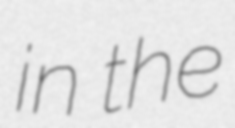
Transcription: in the